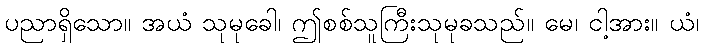
ပညာရှိသော။ အယံ သုမုခေါ၊ ဤစစ်သူကြီးသုမုခသည်။ မေ၊ ငါ့အား။ ယံ၊